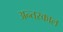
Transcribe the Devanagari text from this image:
अन्तरकाल